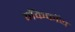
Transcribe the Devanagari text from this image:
मॅककॉय